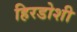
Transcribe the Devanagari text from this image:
हिरडोशी